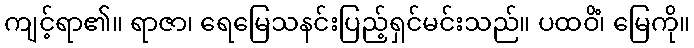
ကျင့်ရာ၏။ ရာဇာ၊ ရေမြေသနင်းပြည့်ရှင်မင်းသည်။ ပထဝိံ၊ မြေကို။